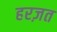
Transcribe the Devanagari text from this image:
हरज़त